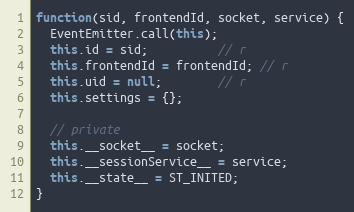
Language: JavaScript
function(sid, frontendId, socket, service) {
  EventEmitter.call(this);
  this.id = sid;          // r
  this.frontendId = frontendId; // r
  this.uid = null;        // r
  this.settings = {};

  // private
  this.__socket__ = socket;
  this.__sessionService__ = service;
  this.__state__ = ST_INITED;
}